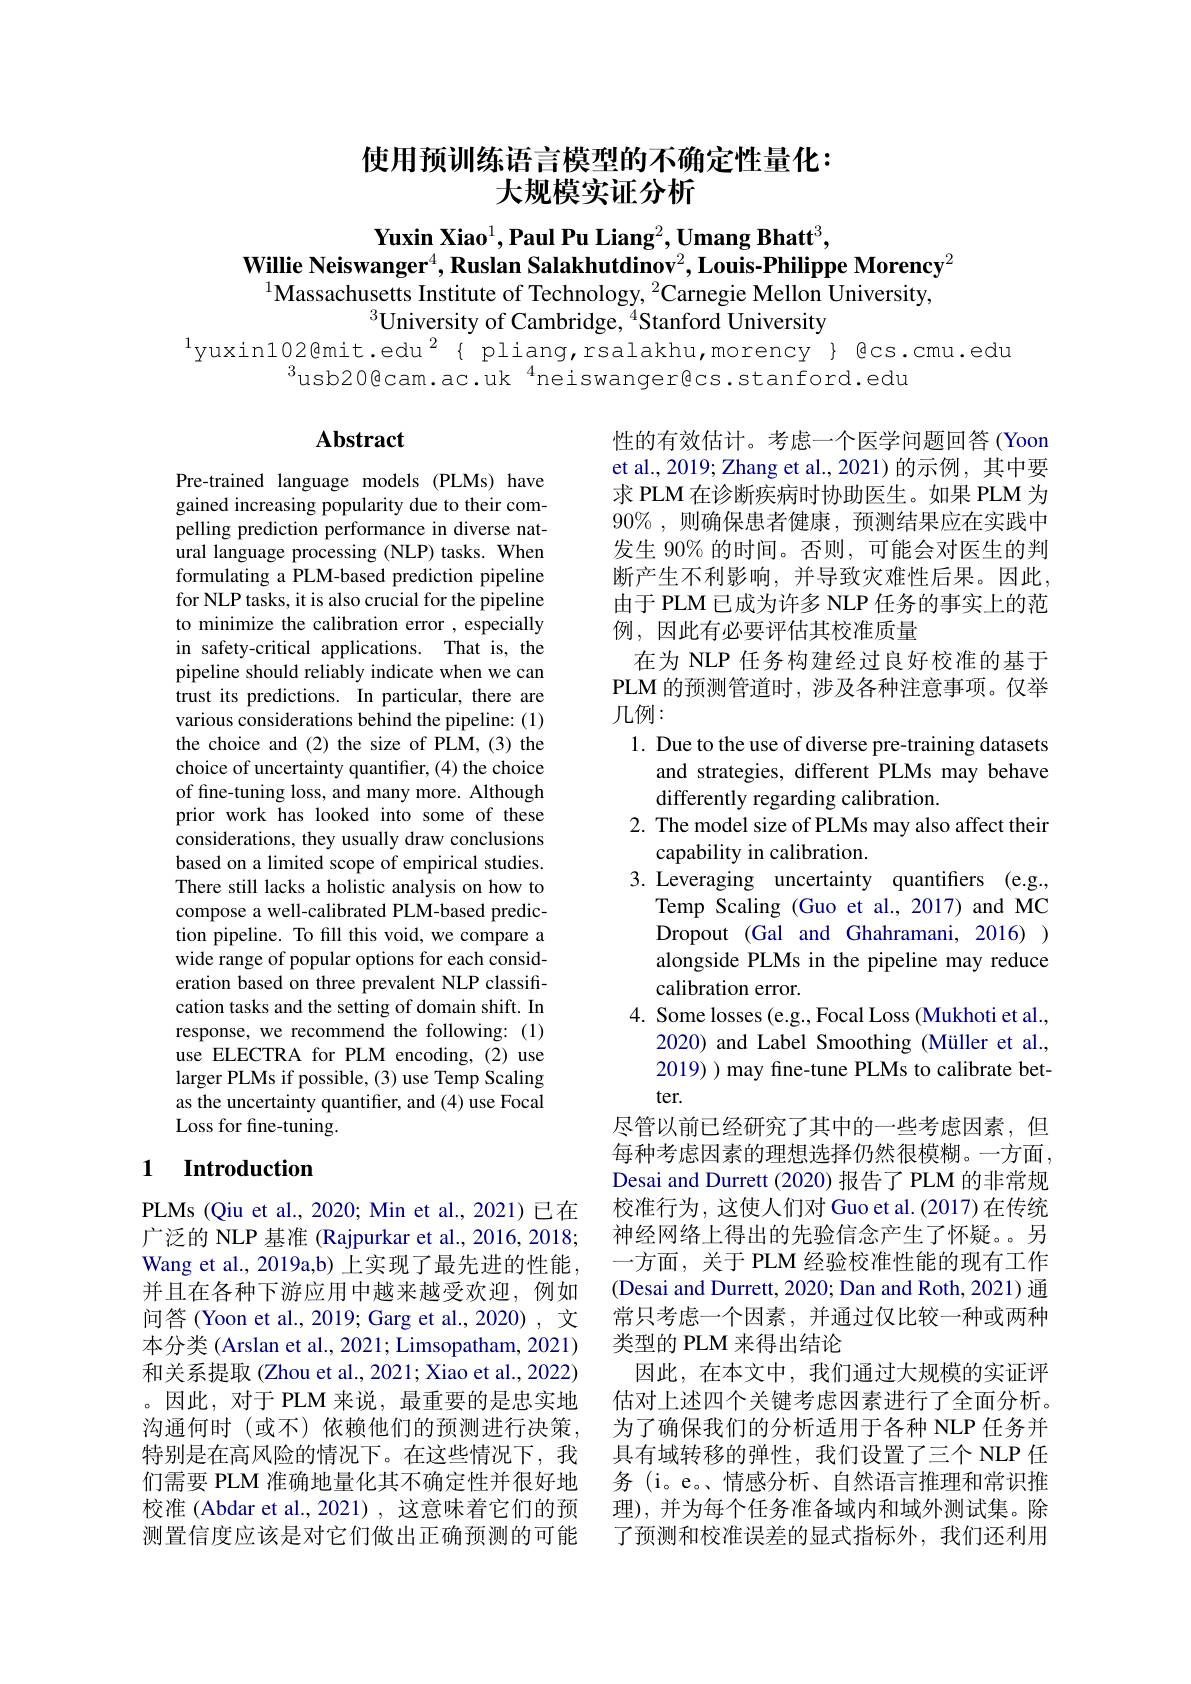
# 使用预训练语言模型的不确定性量化： 大规模实证分析

$\textbf{Yuxin Xiao}^1,\textbf{Paul Pu Liang}^2,\textbf{Umang Bhatt}^3$,
Willie Neiswanger$^4,\textbf{Ruslan Salakhutdinov}^2,\textbf{Louis-Philippe Morency}^2$
$^{1}$Massachusetts Institute of Technology, $^2$Carnegie Mellon University,

$^{3}$University of Cambridge, $^{4}$Stanford University
$^{1}$yuxin102@mit.edu$^2\{$pliang,rsalakhu,morency}{@cs.cmu.edu

$^{3}$usb20@cam.ac.uk$^{4}$neiswanger@cs.stanford.edu

### $\mathbf{Abstract}$

Pre-trained language models (PLMs) have gained increasing popularity due to their compelling prediction performance in diverse natural language processing (NLP) tasks. When formulating a PLM-based prediction pipeline for NLP tasks, it is also crucial for the pipeline to minimize the calibration error , especially in safety-critical applications. That is, the pipeline should reliably indicate when we can trust its predictions. In particular, there are various considerations behind the pipeline: (1) the choice and (2) the size of PLM, (3) the choice of uncertainty quantifier, (4) the choice of fine-tuning loss, and many more. Although prior work has looked into some of these considerations, they usually draw conclusions based on a limited scope of empirical studies. There still lacks a holistic analysis on how to compose a well-calibrated PLM-based prediction pipeline. To fill this void, we compare a wide range of popular options for each consideration based on three prevalent NLP classification tasks and the setting of domain shift. In response, we recommend the following: (1) use ELECTRA for PLM encoding,(2) use larger PLMs if possible, (3) use Temp Scaling as the uncertainty quantifer, and (4) use Focal Loss for fine-tuning.

性的有效估计。考虑一个医学问题回答(Yoon et al., 2019; Zhang et al., 2021)的示例，其中要求 PLM 在诊断疾病时协助医生。如果 PLM 为$90\%$,则确保患者健康，预测结果应在实践中发生 90% 的时间。否则，可能会对医生的判断产生不利影响，并导致灾难性后果。因此， 由于 PLM 已成为许多 NLP 任务的事实上的范例，因此有必要评估其校准质量
在为 NLP 任务构建经过良好校准的基于PLM 的预测管道时，涉及各种注意事项。仅举几例：
1. Due to the use of diverse pre-training datasets
and strategies, different PLMs may behave
differently regarding calibration
2. The model size of PLMs may also affect their
capability in calibration.
3. Leveraging uncertainty quantifiers (e.g.,
Temp Scaling (Guo et al., 2017) and MC Dropout (Gal and Ghahramani, 2016) ) alongside PLMs in the pipeline may reduce calibration error.
4. Some losses (e.g., Focal Loss (Mukhoti et al.,
2020) and Label Smoothing (Müller et al., 2019) ) may fine-tune PLMs to calibrate better.
尽管以前已经研究了其中的一些考虑因素，但每种考虑因素的理想选择仍然很模糊。一方面， Desai and Durrett (2020) 报告了 PLM 的非常规校准行为，这使人们对 Guo et al.(2017) 在传统神经网络上得出的先验信念产生了怀疑。另一方面，关于 PLM 经验校准性能的现有工作(Desai and Durrett, 2020; Dan and Roth, 2021) 通常只考虑一个因素，并通过仅比较一种或两种类型的 PLM 来得出结论
因此，在本文中，我们通过大规模的实证评估对上述四个关键考虑因素进行了全面分析。为了确保我们的分析适用于各种 NLP 任务并具有域转移的弹性，我们设置了三个 NLP 任务 (i。e。、情感分析、自然语言推理和常识推理),并为每个任务准备域内和域外测试集。除了预测和校准误差的显式指标外，我们还利用

## 1 Introduction

PLMs (Qiu et al., 2020; Min et al., 2021)已在广泛的 NLP 基准 (Rajpurkar et al., 2016, 2018; Wang et al., 2019a,b) 上实现了最先进的性能， 并且在各种下游应用中越来越受欢迎，例如问答(Yoon et al., 2019; Garg et al., 2020), 文本分类 (Arslan et al., 2021; Limsopatham, 2021) 和关系提取(Zhou et al., 2021; Xiao et al., 2022) 。因此，对于 PLM 来说，最重要的是忠实地沟通何时(或不)依赖他们的预测进行决策特别是在高风险的情况下。在这些情况下，我们需要 PLM 准确地量化其不确定性并很好地校准 (Abdar et al.,2021) , 这意味着它们的预测置信度应该是对它们做出正确预测的可能